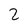
Character: 2